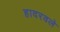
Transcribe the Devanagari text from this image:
हादरवले